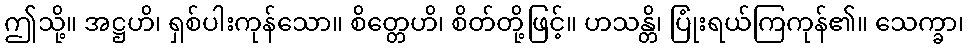
ဤသို့။ အဋ္ဌဟိ၊ ရှစ်ပါးကုန်သော။ စိတ္တေဟိ၊ စိတ်တို့ဖြင့်။ ဟသန္တိ၊ ပြုံးရယ်ကြကုန်၏။ သေက္ခာ၊